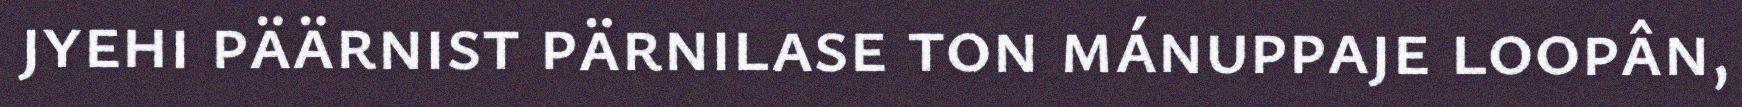
jyehi päärnist pärnilase ton mánuppaje loopân,